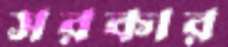
সরকার